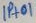
Text: IP+01